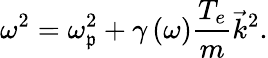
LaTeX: \omega^{2}=\omega_{\mathfrak{p}}^{2}+\gamma\left(\omega\right){\frac{{T_{e}}}{{m}}}{\vec{{k}}}^{2}.